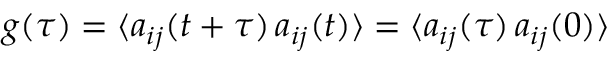
g ( \tau ) = \langle a _ { i j } ( t + \tau ) \, a _ { i j } ( t ) \rangle = \langle a _ { i j } ( \tau ) \, a _ { i j } ( 0 ) \rangle